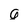
Character: g